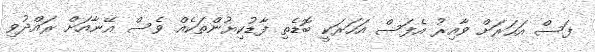
ފަސް އަހަރަށް ވާއިރު އެފަސް އަހަރަކީ ބޮޑެތި ފާޑުކިޔުންތަކެއް ވެސް އޭނާއަށް ރައްދުވި